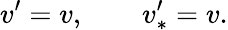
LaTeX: v^{\prime}=v,\qquad v_{\ast}^{\prime}=v.